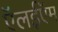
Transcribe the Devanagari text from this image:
ऍलईऍम